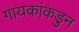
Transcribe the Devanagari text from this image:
गायकांकडुन